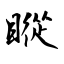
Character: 瞛